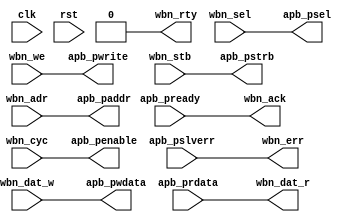
module wbn2apb #(
  parameter integer AW = 32,  // address width
  parameter integer DW = 32,  // data width
  parameter integer SW = DW/8 // byte select width
)(
  // system signals
  input  wire          clk,  // clock
  input  wire          rst,  // reset
  // Wishbone 3 slave port (to be driven by an external master)
  input  wire          wbn_cyc  ,  // cycle
  input  wire          wbn_we   ,  // write enable
  input  wire          wbn_stb  ,  // transfer strobe
  input  wire [AW-1:0] wbn_adr  ,  // address
  input  wire [SW-1:0] wbn_sel  ,  // byte select
  input  wire [DW-1:0] wbn_dat_w,  // data write
  output wire [DW-1:0] wbn_dat_r,  // data read
  output wire          wbn_ack  ,  // acknowledge
  output wire          wbn_err  ,  // error
  output wire          wbn_rty  ,  // retry
  // AMBA 3 APB 2 master port (to drive an external slave)
  output wire          apb_penable,  // transfer enable
  output wire          apb_pwrite ,  // write enable
  output wire          apb_pstrb  ,  // transfer strobe
  output wire [AW-1:0] apb_paddr  ,  // address
  output wire [SW-1:0] apb_psel   ,  // byte select
  output wire [DW-1:0] apb_pwdata ,  // data write
  input  wire [DW-1:0] apb_prdata ,  // data read
  input  wire          apb_pready ,  // transfer ready
  input  wire          apb_pslverr   // slave error
);

// forwared signals
assign apb_penable = wbn_cyc  ;
assign apb_pwrite  = wbn_we   ;
assign apb_pstrb   = wbn_stb  ;
assign apb_paddr   = wbn_adr  ;
assign apb_psel    = wbn_sel  ;
assign apb_pwdata  = wbn_dat_w;

// return siignals
assign wbn_dat_r = apb_prdata ;
assign wbn_ack   = apb_pready ;
assign wbn_err   = apb_pslverr;
assign wbn_rty   = 1'b0;

endmodule